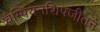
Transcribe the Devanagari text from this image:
चैम्पियनशिपजीतने